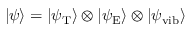
| \psi \rangle = | \psi _ { \mathrm { T } } \rangle \otimes | \psi _ { \mathrm { E } } \rangle \otimes | \psi _ { \mathrm { v i b } } \rangle